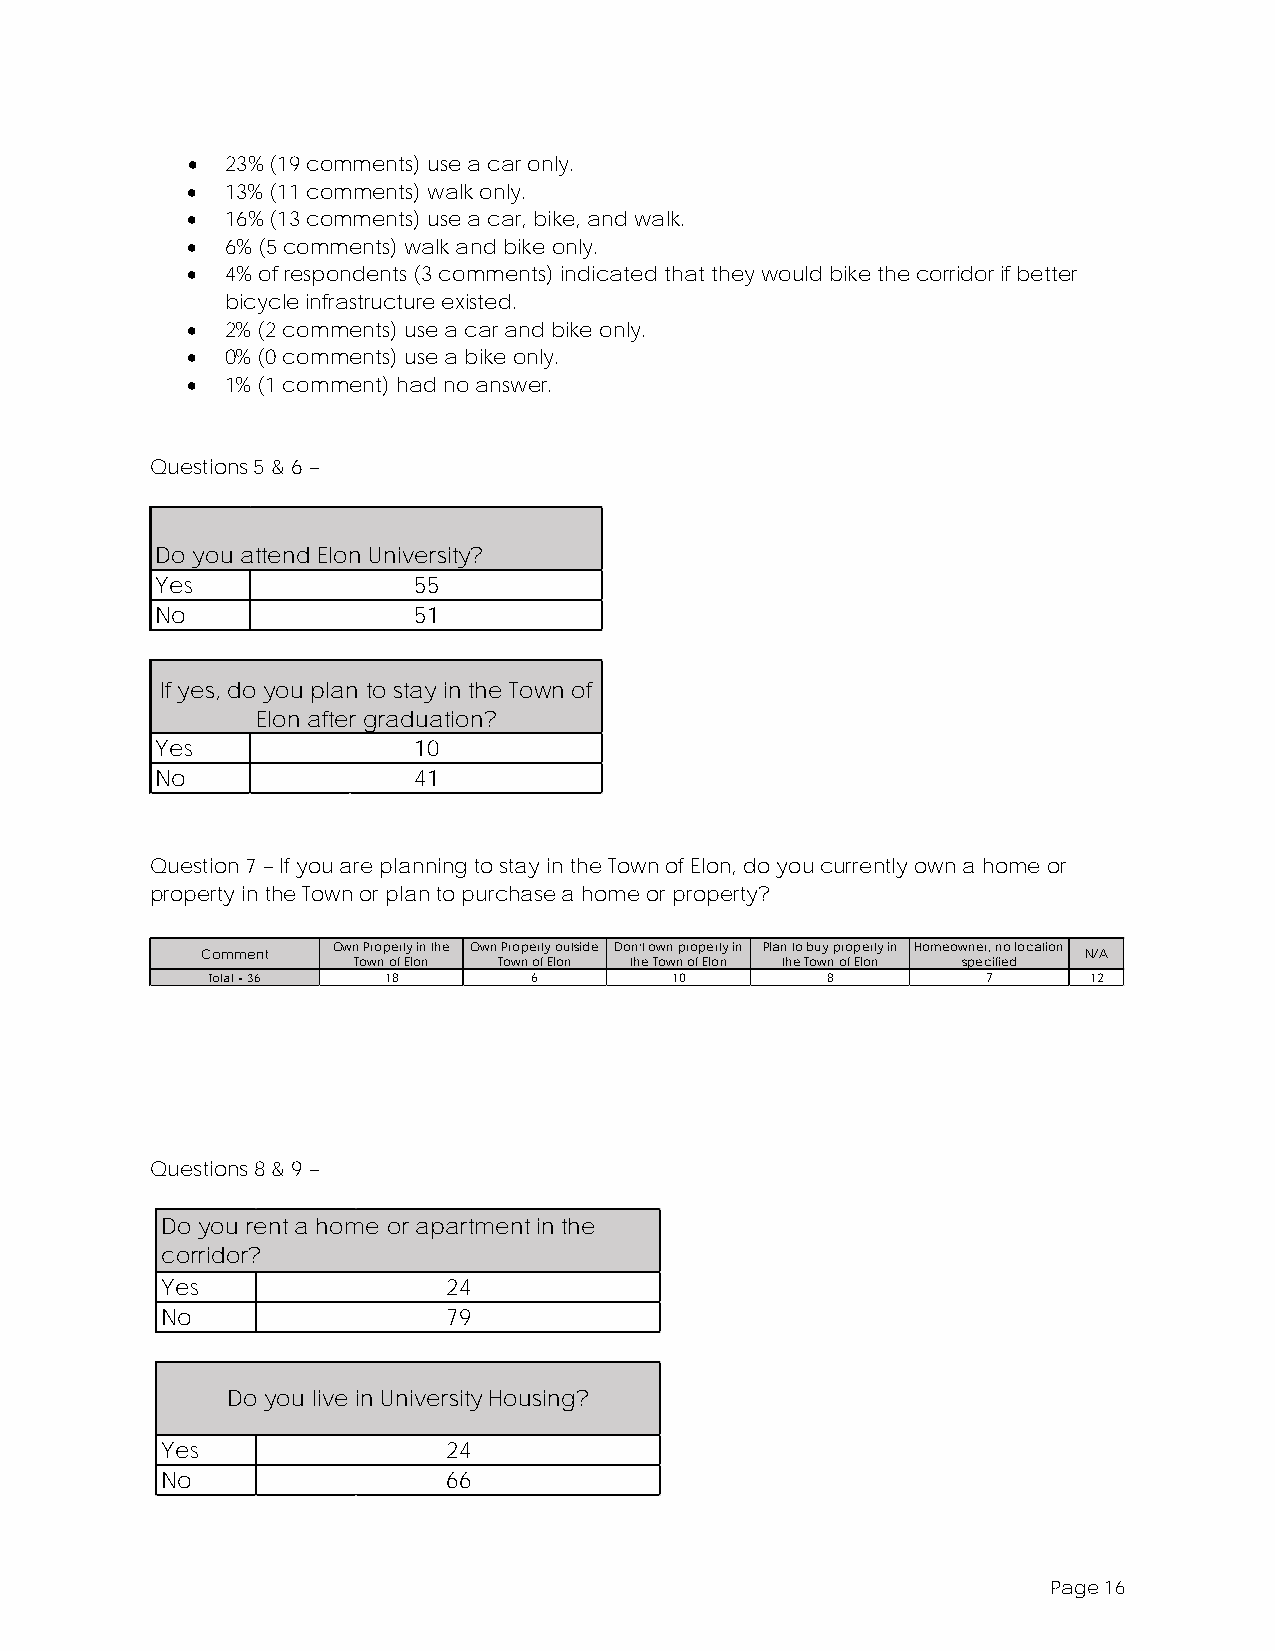
•  23% (19 comments) use a car only.
 •  13% (11 comments) walk only.
 •  16% (13 comments) use a car, bike, and walk.
 •  6% (5 comments) walk and bike only.
 •  4% of respondents (3 comments) indicated that they would bike the corridor if better
 bicycle infrastructure existed.
 •  2% (2 comments) use a car and bike only.
 •  0% (0 comments) use a bike only.
 •  1% (1 comment) had no answer.
 Questions 5 & 6 –
 Do you attend Elon University?
 Yes              55
 No               51
 If yes, do you plan to stay in the Town of
 Elon after graduation?
 Yes              10
 No               41
 Question 7 – If you are planning to stay in the Town of Elon, do you currently own a home or
 property in the Town or plan to purchase a home or property?
 Own Property in the Own Property outside Don’t own property in Plan to buy property in Homeowner, no location
 Comment                                                    N/A
 Town of Elon Town of Elon the Town of Elon the Town of Elon specified
 Total = 36 18        6         10        8         7      12
 Questions 8 & 9 –
 Do you rent a home or apartment in the
 corridor?
 Yes                24
 No                 79
 Do you live in University Housing?
 Yes                24
 No                 66
 Page 16